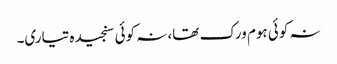
نہ کوئی ہوم ورک تھا، نہ کوئی سنجیدہ تیاری۔